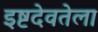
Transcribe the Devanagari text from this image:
इष्टदेवतेला